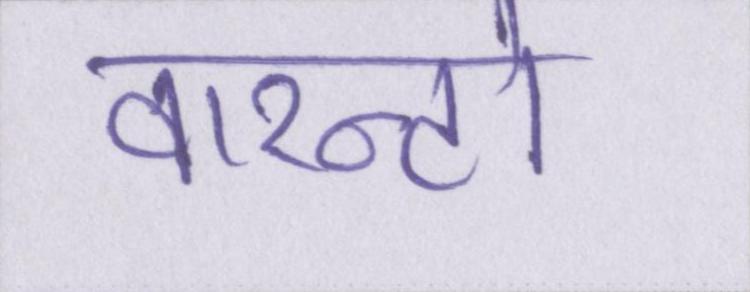
वारन्टो